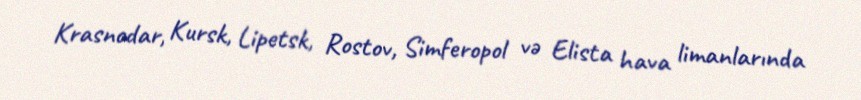
Krasnodar, Kursk, Lipetsk, Rostov, Simferopol və Elista hava limanlarında